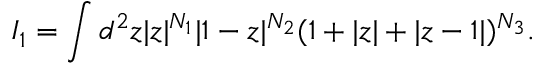
I _ { 1 } = \int d ^ { 2 } z | z | ^ { N _ { 1 } } | 1 - z | ^ { N _ { 2 } } ( 1 + | z | + | z - 1 | ) ^ { N _ { 3 } } .